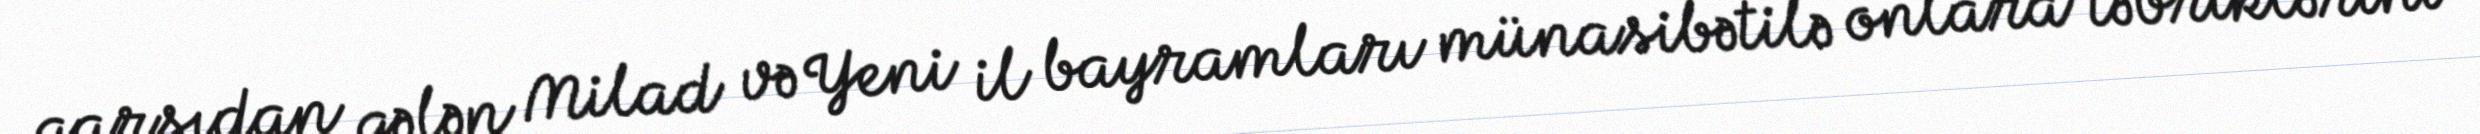
qarşıdan gələn Milad və Yeni il bayramları münasibətilə onlara təbriklərini